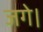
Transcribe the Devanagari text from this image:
जगे।